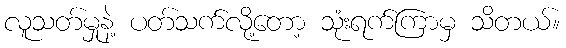
လူသတ်မှုနဲ့ ပတ်သက်လို့တော့ သုံးရက်ကြာမှ သိတယ်။